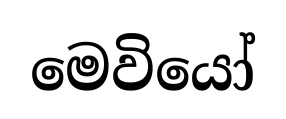
මෙවියෝ